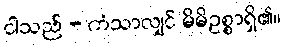
ငါသည် - ကံသာလျှင် မိမိဥစ္စာရှိ၏။